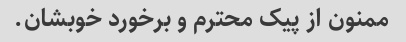
ممنون از پیک محترم و برخورد خوبشان.